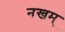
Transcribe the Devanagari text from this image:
नखम्